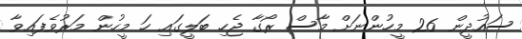
ސައުދީން 26 މީހުންނަށް މާސް ރޯގާ ޖެހި ބަލީގައި ހަ މީހުން މަރުވެފައިވާ